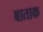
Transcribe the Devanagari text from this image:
बाताक